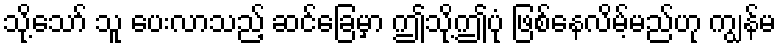
သို့သော် သူ ပေးလာသည့် ဆင်ခြေမှာ ဤသို့ဤပုံ ဖြစ်နေလိမ့်မည်ဟု ကျွန်မ